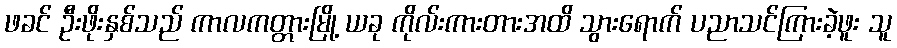
ဖခင် ဦးဖိုးနှစ်သည် ကာလကတ္တားမြို့ ယခု ကိုလ်းကားတားအထိ သွားရောက် ပညာသင်ကြားခဲ့ဖူး သူ